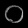
Digit: ၀